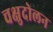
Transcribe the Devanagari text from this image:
चक्षुदोलन